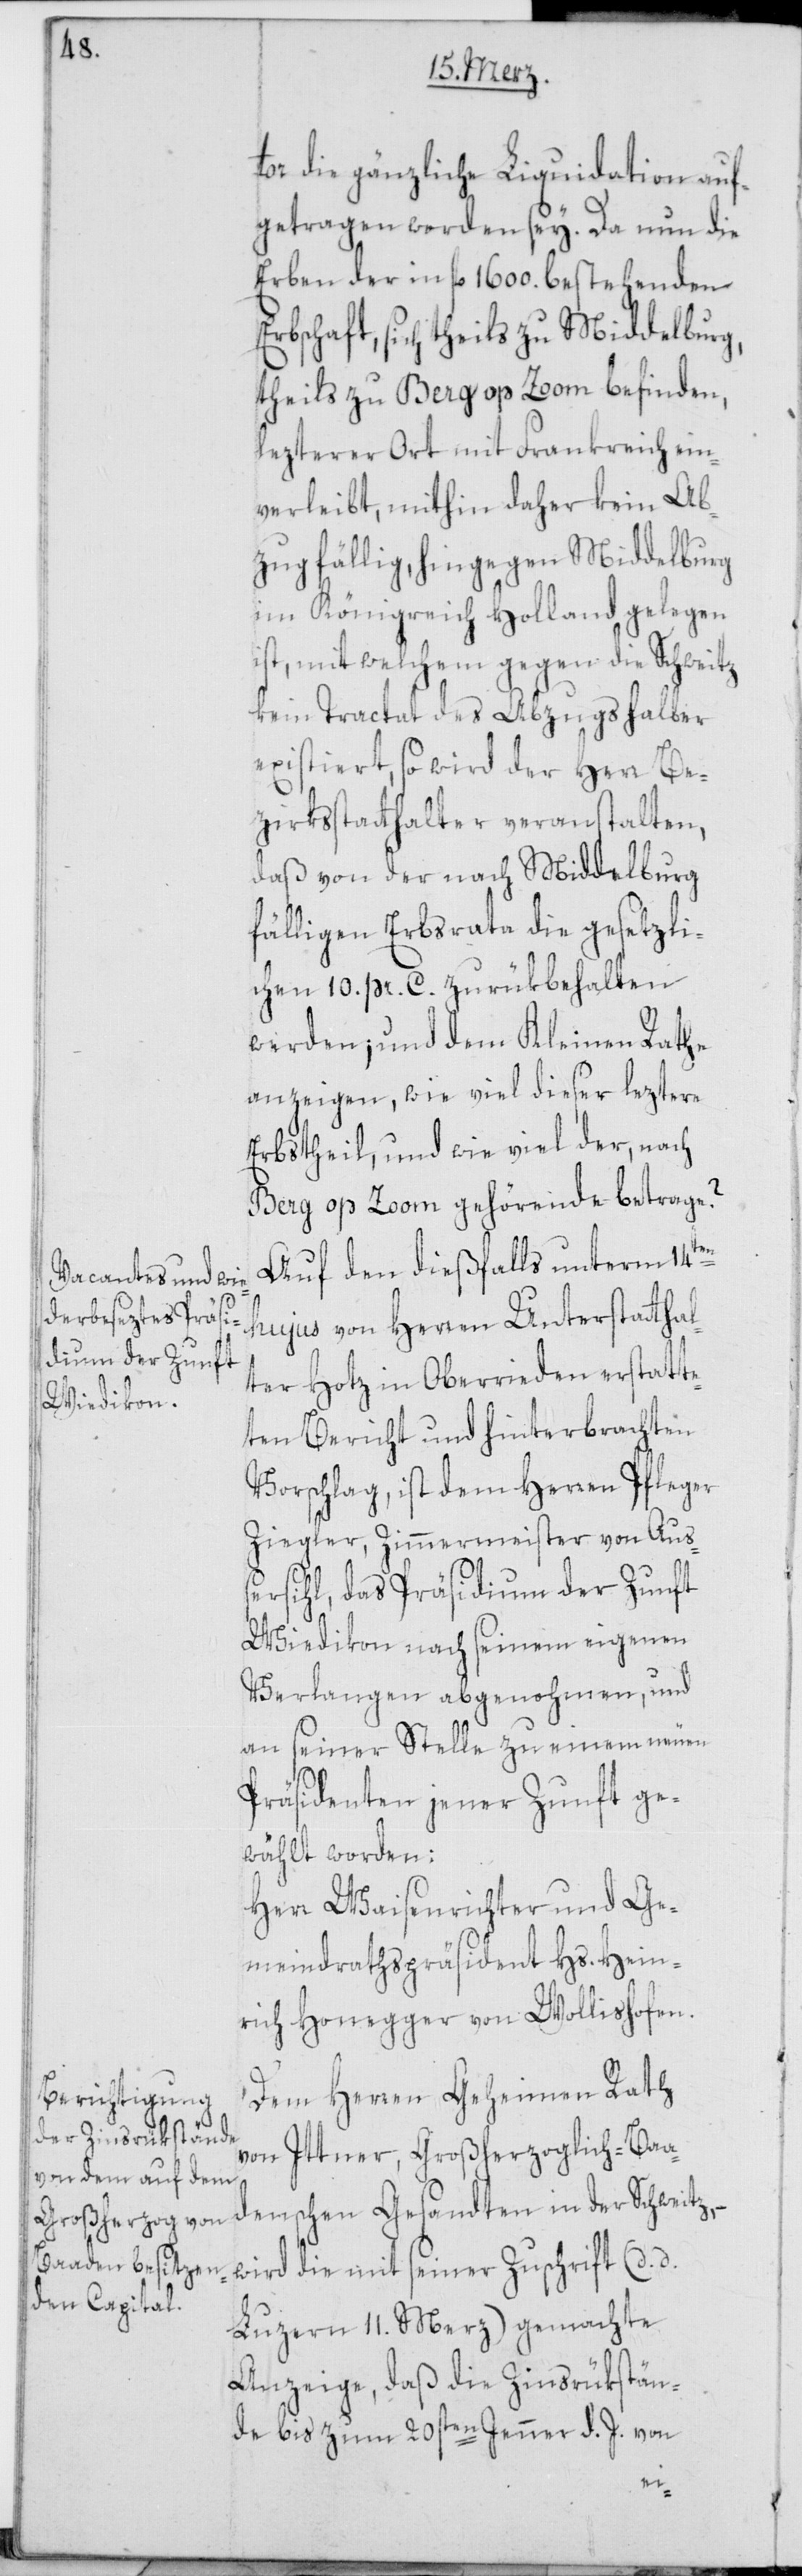
tor die gänzliche Liquidation auf¬
getragen worden sey. Da nun die
Erben der in fl. 1600. bestehenden E¬
rbschaft, sich theils zu Middelburg,
theils zu Berg op Zoom befinden,
lezterer Ort mit Frankreich ein¬
verleibt, mithin daher kein Ab¬
zug fällig, hingegen Middelburg
im Königreich Holland gelegen
ist, mit welchem gegen die Schweitz
kein Tractat des Abzugs halber
existiert, so wird der Herr Be¬
zirksstatthalter veranstalten,
daß von der nach Middelburg
fälligen Erbsrata die gesetzli¬
chen 10. pr. c. zurükbehalten
werden; und dem Kleinen Rathe
anzeigen, wie viel dieser leztere
Erbstheil, und wie viel der nach
Berg op Zoom gehörende betrage?
Auf den dießfalls unterm 14ten
hujus von Herren Unterstatthal¬
ter Hotz in Oberrieden erstatte¬
ten Bericht und hinterbrachten
Vorschlag, ist dem Herren Pfleger
Ziegler, Zimmermeister von Auß¬
ersihl, das Präsidium der Zunft
Wiedikon nach seinem eigenen
Verlangen abgenohmen, und
an seiner Stelle zu einem neuen
Präsidenten jener Zunft ge¬
wählt worden:
Herr Waisenrichter und Ge¬
meindrathspräsident Hs. Hein¬
rich Honegger von Wollishofen.
Dem Herren Geheimen Rath
von Ittner, Großherzoglich-Baa¬
denschen Gesandten in der Schweitz,
wird die mit seiner Zuschrift (d. d.
Luzern 11. Merz) gemachte
Anzeige, daß die Zinsrükstän¬
de bis zum 20sten Jenner d. J. von